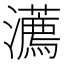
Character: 瀳